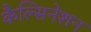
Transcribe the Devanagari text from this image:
कैल्सिनेशन